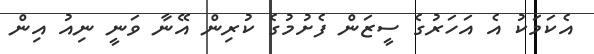
އެކަމަކު އެ އަހަރުގެ ސީޒަން ފެށުމުގެ ކުރިން އޭނާ ވަނީ ނިއު އިން